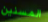
المسنين